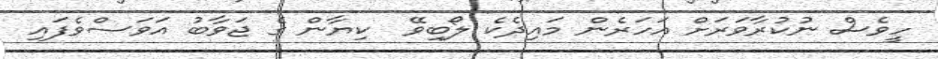
ހީވެސް ނުކުރާވަރަށް އަހަރެން މައިދެކެ ލޯބިވޭ  ކިޔާން ގެ ޖަވާބު އަވަސްވެފައި